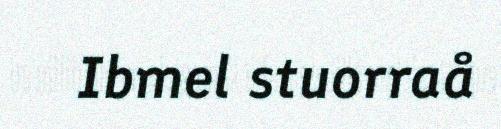
Ibmel stuorraå